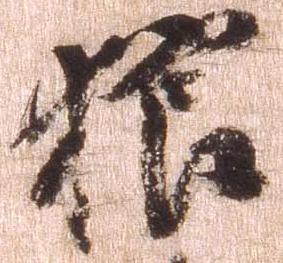
狼